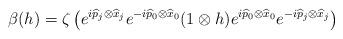
LaTeX: \begin{align*}\beta(h) = \zeta\left(e^{i \widehat{p}_j\otimes \widehat{x}_j} e^{-i \widehat{p}_0\otimes \widehat{x}_0}(1\otimes h) e^{i\widehat{p}_0 \otimes \widehat{x}_0} e^{-i \widehat{p}_j\otimes \widehat{x}_j}\right)\end{align*}